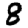
Digit: 8